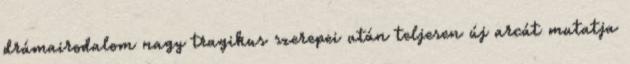
drámairodalom nagy tragikus szerepei után teljesen új arcát mutatja